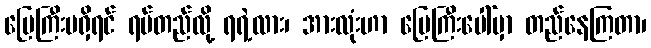
မြေကြီးမရှိရင် ရပ်တည်လို့ ရရဲ့လား၊ အားလုံးဟာ မြေကြီးပေါ်မှာ တည်နေကြတာ၊